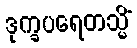
ဒုက္ခပရေတသ္မိံ